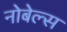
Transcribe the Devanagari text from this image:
नोबेल्स